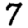
Digit: 7